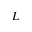
L